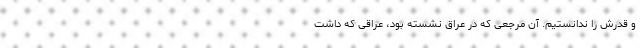
و قدرش را ندانستیم. آن مرجعی که در عراق نشسته بود،‌ عراقی که داشت